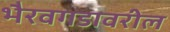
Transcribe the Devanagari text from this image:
भैरवगडावरील